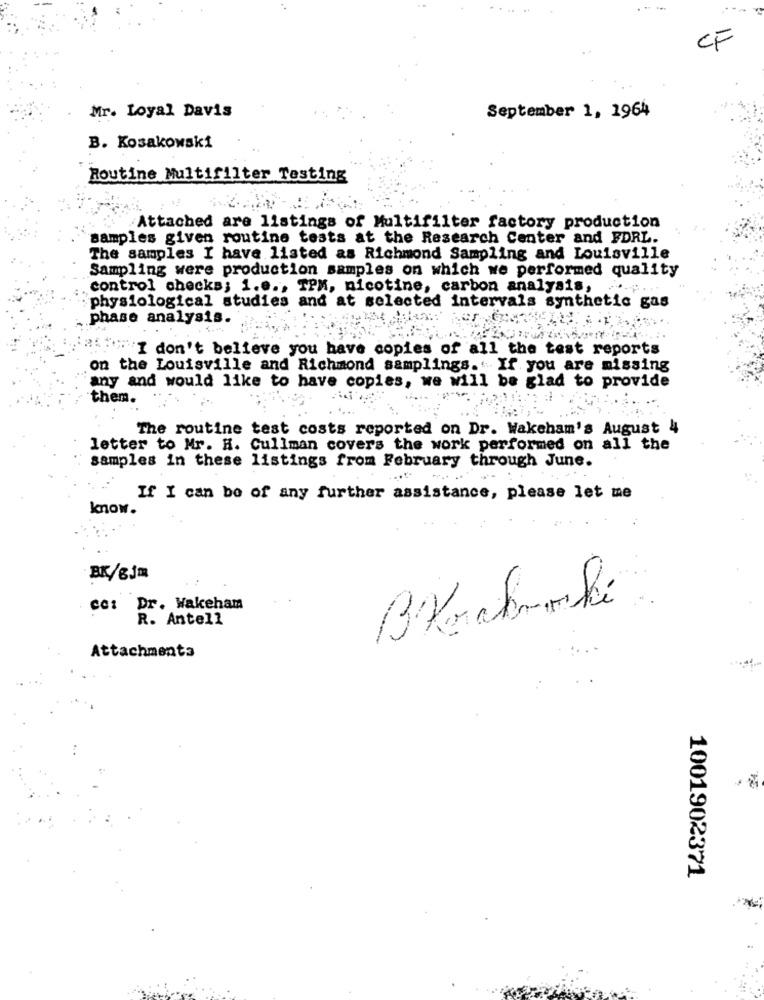
CF
Mr. Loyal Davis
September 1, 1964
B. Kosakowski
Routine Multifilter Testing
Attached are listings of Multifilter factory production
samples given routine tests at the Research Center and FDRL.
The samples I have listed as Richmond Sampling and Louisville
Sampling were production samples on which we performed quality
control checks; i.e ., TPM, nicotine, carbon analysis,
physiological studies and at selected intervals synthetic gas
phase analysis.
"I don't believe you have copies of all the test reports
on the Louisville and Richmond samplings.If you are missing
any and would like to have copies, we will be glad to provide
them.
The routine test costs reported on Dr. Wakeham's August 4
letter to Mr. H. Cullman covers the work performed on all the
samples in these listings from February through June.
If I can be of any further assistance, please let me
know.
BK/8Jm
co: Dr. Wakeham
R. Antell
Attachmenta
1001902371